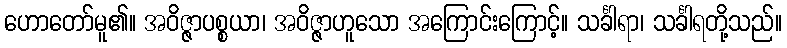
ဟောတော်မူ၏။ အဝိဇ္ဇာပစ္စယာ၊ အဝိဇ္ဇာဟူသော အကြောင်းကြောင့်။ သင်္ခါရာ၊ သင်္ခါရတို့သည်။